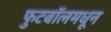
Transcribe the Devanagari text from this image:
फुटबॉलमधून